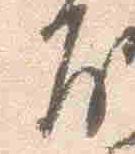
房